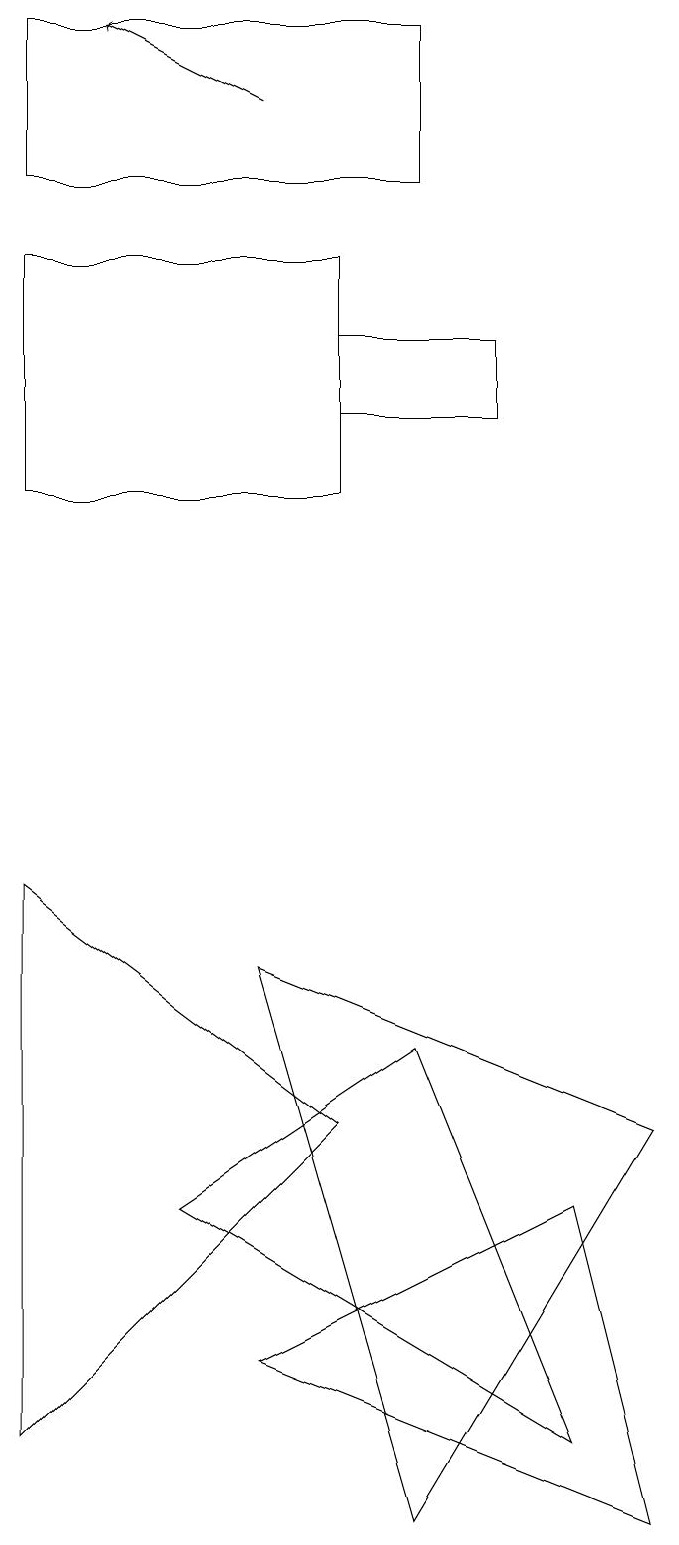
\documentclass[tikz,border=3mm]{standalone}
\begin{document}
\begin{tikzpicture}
\draw (5,19) rectangle (0,17);
\draw (0,8) -- (4,5) -- (0,1) -- cycle;
\draw (8,0) -- (3,2) -- (7,4) -- cycle;
\draw[->] (3,18) -- (1,19);
\draw (2,4) -- (5,6) -- (7,1) -- cycle;
\draw (6,14) rectangle (4,15);
\draw (4,13) rectangle (0,16);
\draw (8,5) -- (3,7) -- (5,0) -- cycle;
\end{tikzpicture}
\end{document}